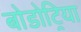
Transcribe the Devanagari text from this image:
बोडोट्रिया